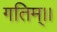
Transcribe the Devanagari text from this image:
गतिम्।।